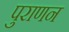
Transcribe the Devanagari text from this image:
पुराणन